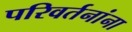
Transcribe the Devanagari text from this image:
परिवर्तनांना